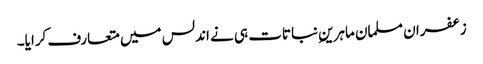
زعفران مسلمان ماہرینِ نباتات ہی نے اندلس میں متعارف کرایا۔